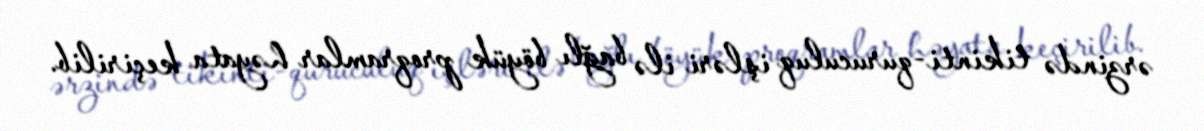
ərzində tikinti-quruculuq işləri ilə bağlı böyük proqramlar həyata keçirilib.